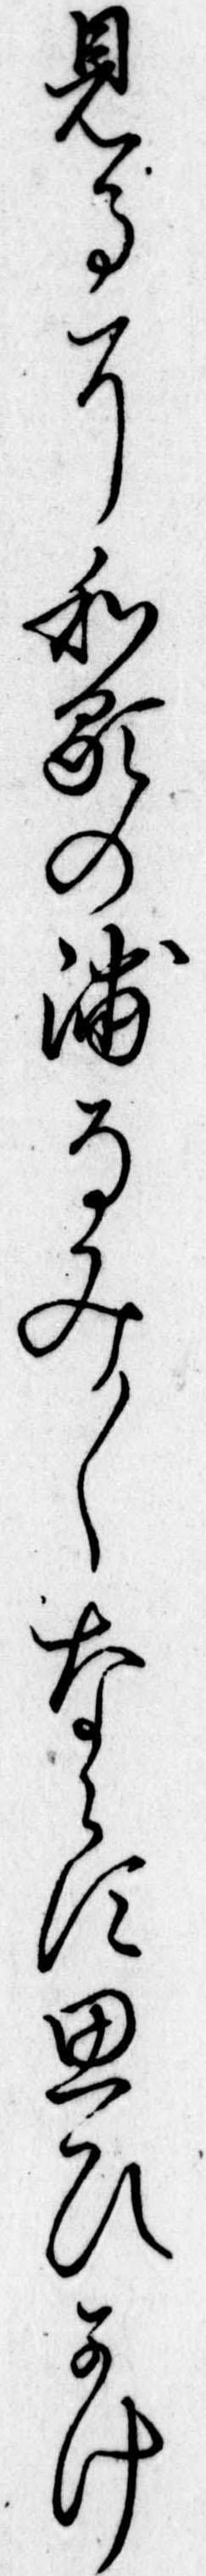
見るに和歌の浦なみ〱ならす思ひかけ